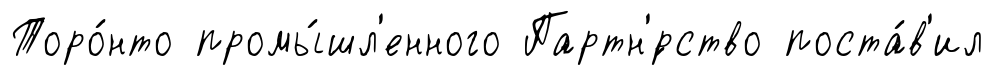
Торо́нто промы́шл'енного Партн'́рство поста́в'ил